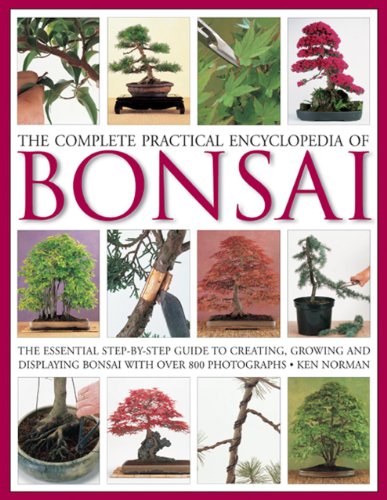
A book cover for The Complete Practical Encyclopedia of Bonsai: The essential step-by-step guide to creating, growing, and displaying bonsai with over 800 photographs; Ken Norman; Crafts, Hobbies & Home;